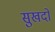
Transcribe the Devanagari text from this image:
सुखदो